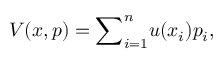
V ( x , p ) = { \sum } _ { i = 1 } ^ { n } u ( x _ { i } ) p _ { i } ,